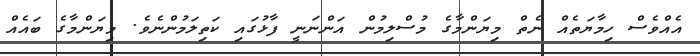
އެއްވެސް ހިމާޔަތެއް ނެތް މިޔަންމާގެ މުސްލިމުން އަންނަނީ ފާޅުގައި ކަތިލަމުންނެވެ. މިޔަންމާގެ ބައެއް